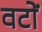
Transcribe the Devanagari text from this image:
वटों